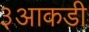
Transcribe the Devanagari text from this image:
३आकडी